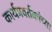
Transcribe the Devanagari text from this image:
कार्यप्रवर्तकांच्या